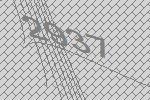
2937